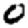
Digit: 0